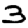
Digit: 3